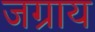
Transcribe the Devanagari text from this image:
जग्राय